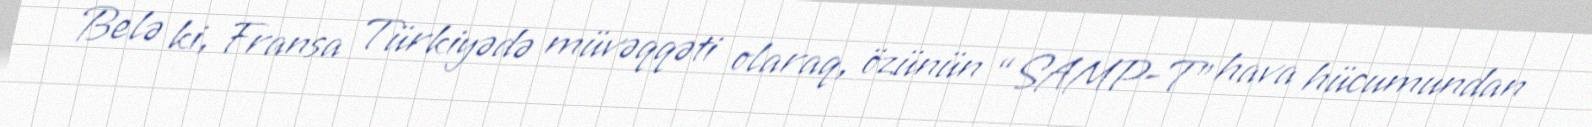
Belə ki, Fransa Türkiyədə müvəqqəti olaraq, özünün “SAMP-T” hava hücumundan